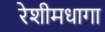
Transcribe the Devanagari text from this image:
रेशीमधागा